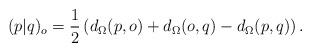
LaTeX: \begin{align*}(p|q)_o = \frac{1}{2} \left(d_{\Omega}(p,o)+d_{\Omega}(o,q)-d_{\Omega}(p,q) \right).\end{align*}